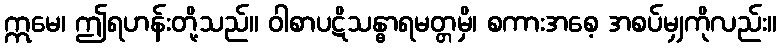
ဣမေ၊ ဤရဟန်းတို့သည်။ ဝါစာပဋိသန္ဓာရမတ္တမှိ၊ စကားအစေ့ အစပ်မျှကိုလည်း။